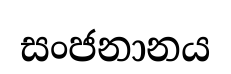
සංජනානය